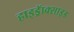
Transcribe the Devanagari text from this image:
हाइड्रॅाक्साइड